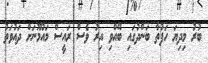
ބުރު މިދިޔަ ހަފުތާ ބަންދުގައި ބޭއްވި އިރު ވެސް ރައީސް މައުމޫނަށް ދައުވަތު